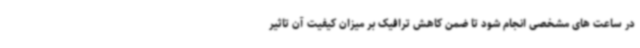
در ساعت های مشخصی انجام شود تا ضمن کاهش ترافیک بر میزان کیفیت آن تاثیر